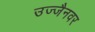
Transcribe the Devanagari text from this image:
उज्जैनवर